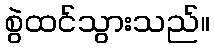
စွဲထင်သွားသည်။